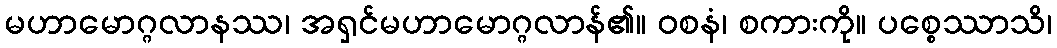
မဟာမောဂ္ဂလာနဿ၊ အရှင်မဟာမောဂ္ဂလာန်၏။ ဝစနံ၊ စကားကို။ ပစ္စေဿာသိ၊